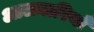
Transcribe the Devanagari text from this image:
आलमारियाँ